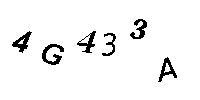
4G433A